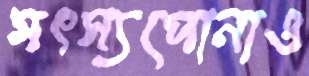
মৎস্যপোনাও